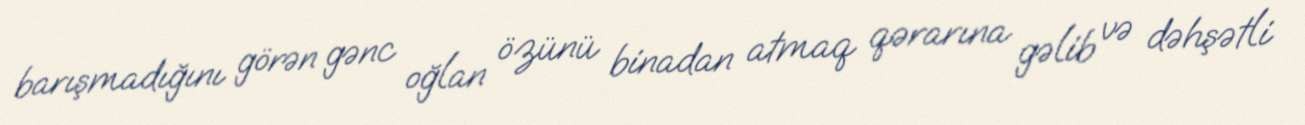
barışmadığını görən gənc oğlan özünü binadan atmaq qərarına gəlib və dəhşətli